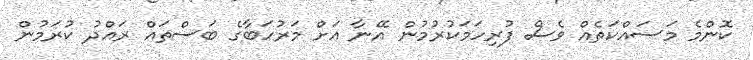
ކޮންމެ މަސައްކަތެއް ވެސް ފުރިހަމަކުރުމުން އޭނާ އަށް މަރުހަބާގެ ބަސްތައް ރައްދު ކުރަމުން